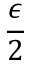
\frac { \epsilon } { 2 }